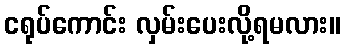
ငရုပ်ကောင်း လှမ်းပေးလို့ရမလား။